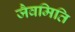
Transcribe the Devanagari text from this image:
जैवमिति